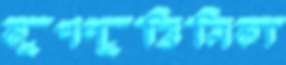
কুশপুত্তিলিকা